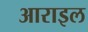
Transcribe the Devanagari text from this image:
आराइल